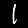
Label: 1